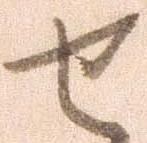
せ